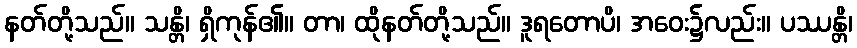
နတ်တို့သည်။ သန္တိ၊ ရှိကုန်၏။ တာ၊ ထိုနတ်တို့သည်။ ဒူရတောပိ၊ အဝေး၌လည်း။ ပဿန္တိ၊